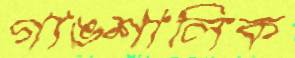
গাঙশালিক